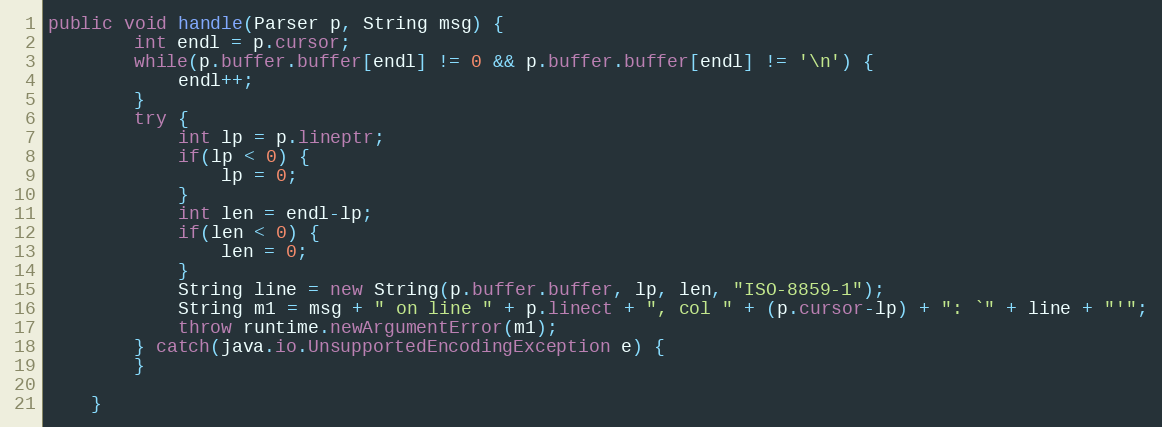
Language: Java
public void handle(Parser p, String msg) {
        int endl = p.cursor;
        while(p.buffer.buffer[endl] != 0 && p.buffer.buffer[endl] != '\n') {
            endl++;
        }
        try {
            int lp = p.lineptr;
            if(lp < 0) {
                lp = 0;
            }
            int len = endl-lp;
            if(len < 0) {
                len = 0;
            }
            String line = new String(p.buffer.buffer, lp, len, "ISO-8859-1");
            String m1 = msg + " on line " + p.linect + ", col " + (p.cursor-lp) + ": `" + line + "'";
            throw runtime.newArgumentError(m1);
        } catch(java.io.UnsupportedEncodingException e) {
        }

    }